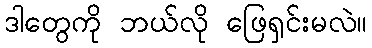
ဒါတွေကို ဘယ်လို ဖြေရှင်းမလဲ။